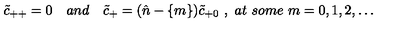
\tilde { c } _ { + + } = 0 \quad a n d \quad \tilde { c } _ { + } = ( { \hat { n } } - \{ m \} ) \tilde { c } _ { + 0 } \ , \ a t \ s o m e \ m = 0 , 1 , 2 , \dots